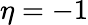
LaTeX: \eta=-1